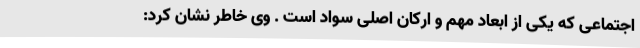
اجتماعی که یکی از ابعاد مهم و ارکان اصلی سواد است . وی خاطر نشان کرد: